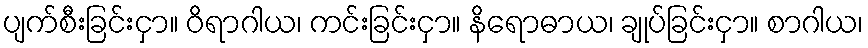
ပျက်စီးခြင်းငှာ။ ဝိရာဂါယ၊ ကင်းခြင်းငှာ။ နိရောဓာယ၊ ချုပ်ခြင်းငှာ။ စာဂါယ၊